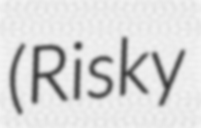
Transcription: (Risky